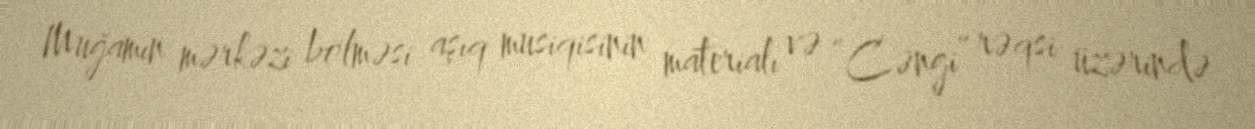
Muğamın mərkəzi bölməsi aşıq musiqisinin materialı və “Cəngi” rəqsi üzərində